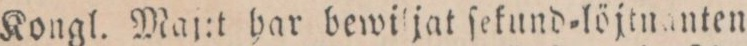
Kongl. Maj:t har bewi jat ſekund=löjtnanten